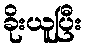
ခိုးယူပြီး